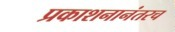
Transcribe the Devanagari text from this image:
प्रकाशनानंतरच